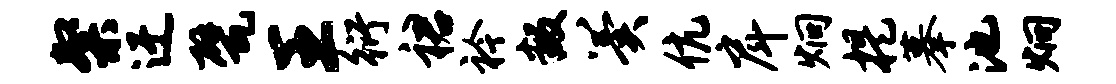
粲迂甓王衍裙衿叛翼伉戽炯提摹池炯